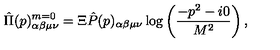
\hat { \Pi } ( p ) _ { \alpha \beta \mu \nu } ^ { m = 0 } = \Xi \hat { P } ( p ) _ { \alpha \beta \mu \nu } \log \left( \frac { - p ^ { 2 } - i 0 } { M ^ { 2 } } \right) ,